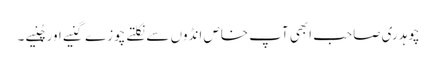
چوہدری صاحب ابھی آپ خاص انڈوں سے نکلتے چوزے گنیے اور چُنیے ۔